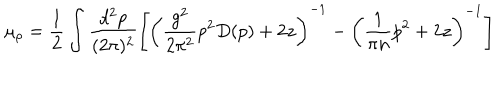
\mu _ { \rho } = \frac { 1 } { 2 } \int \frac { d ^ { 2 } p } { ( 2 \pi ) ^ { 2 } } \left[ \left( \frac { g ^ { 2 } } { 2 \pi ^ { 2 } } p ^ { 2 } D ( p ) + 2 z \right) ^ { - 1 } - \left( \frac { 1 } { \pi n } p ^ { 2 } + 2 z \right) ^ { - 1 } \right]